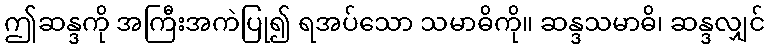
ဤဆန္ဒကို အကြီးအကဲပြု၍ ရအပ်သော သမာဓိကို။ ဆန္ဒသမာဓိ၊ ဆန္ဒလျှင်